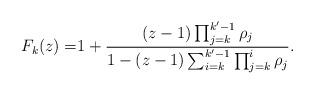
LaTeX: \begin{align*}F_k(z) =& 1+\frac{(z-1)\prod_{j=k}^{k '-1}\rho_j}{1-(z-1)\sum_{i=k}^{k'-1}\prod_{j=k}^{i} \rho_j}.\end{align*}